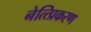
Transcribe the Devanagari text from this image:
नेत्त्प्रिकरण